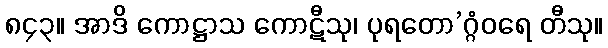
၈၄၃။ အာဒိ ကောဋ္ဌာသ ကောဋီသု၊ ပုရတော’ဂ္ဂံဝရေ တီသု။